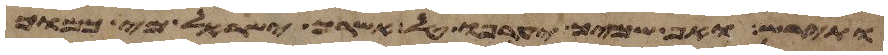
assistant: ותירש ואף שמיך יערפו טל אשרך ישראל מי כמוך